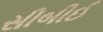
સીબીઈ